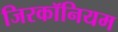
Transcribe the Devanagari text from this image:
जिरकॉनियम